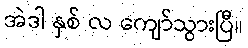
အဲဒါ နှစ် လ ကျော်သွားပြီ။